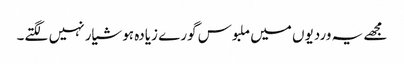
مجھے یہ وردیوں میں ملبوس گورے زیادہ ہوشیار نہیں لگتے۔